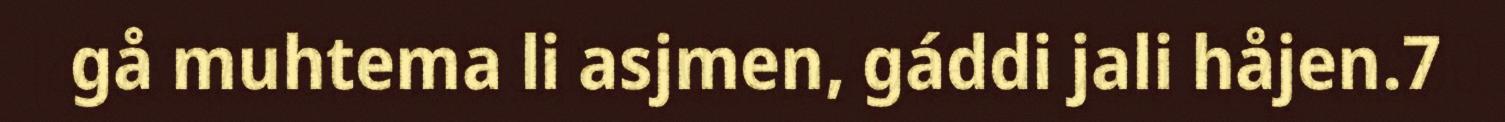
gå muhtema li asjmen, gáddi jali håjen.7